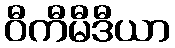
ဝီကီမီဒီယာ